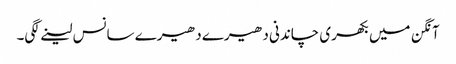
آنگن میں بکھری چاندنی دھیرے دھیرے سانس لینے لگی۔